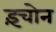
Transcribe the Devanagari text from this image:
इंचोन